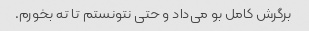
برگرش کامل بو می‌داد و حتی نتونستم تا ته بخورم.